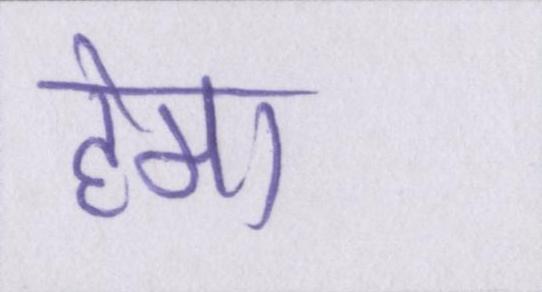
हेमा